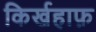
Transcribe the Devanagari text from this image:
किर्खहाफ़